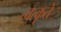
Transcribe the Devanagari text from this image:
त्वत्कृते